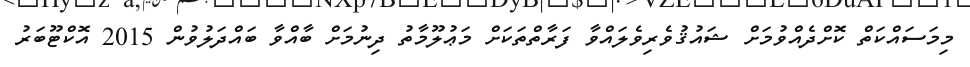
މިމަސައްކަތް ކޮށްދެއްވުމަށް ޝައުޤުވެރިވެލައްވާ ފަރާތްތަކަށް މަޢުލޫމާތު ދިނުމަށް ބާއްވާ ބައްދަލުވުން 2015 އޮކްޓޫބަރު